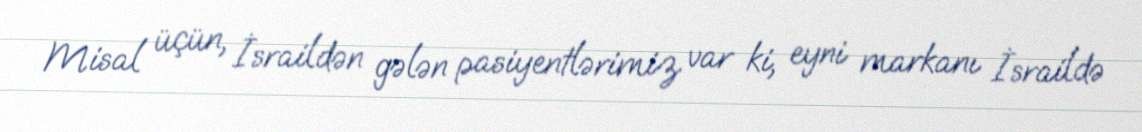
Misal üçün, İsraildən gələn pasiyentlərimiz var ki, eyni markanı İsraildə